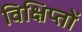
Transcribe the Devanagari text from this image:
विक्षिप्तों